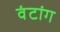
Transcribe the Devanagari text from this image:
वंटांग